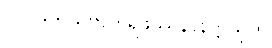
၁၀၊ ဒုတိယဗာဟိရဖဿနာနတ္တသုတ်